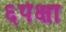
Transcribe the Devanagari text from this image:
६पेक्षा